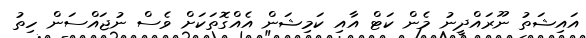
އައިޝަތު ނޫރައްދީނު މެން ކަޓް އާއި ކަމިޝަން އެއްގޮތަކަށް ވެސް ނުޖައްސަން ހިތު